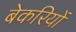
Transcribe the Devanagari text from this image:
बेकरियों